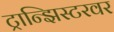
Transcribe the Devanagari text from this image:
ट्रान्झिस्टरवर